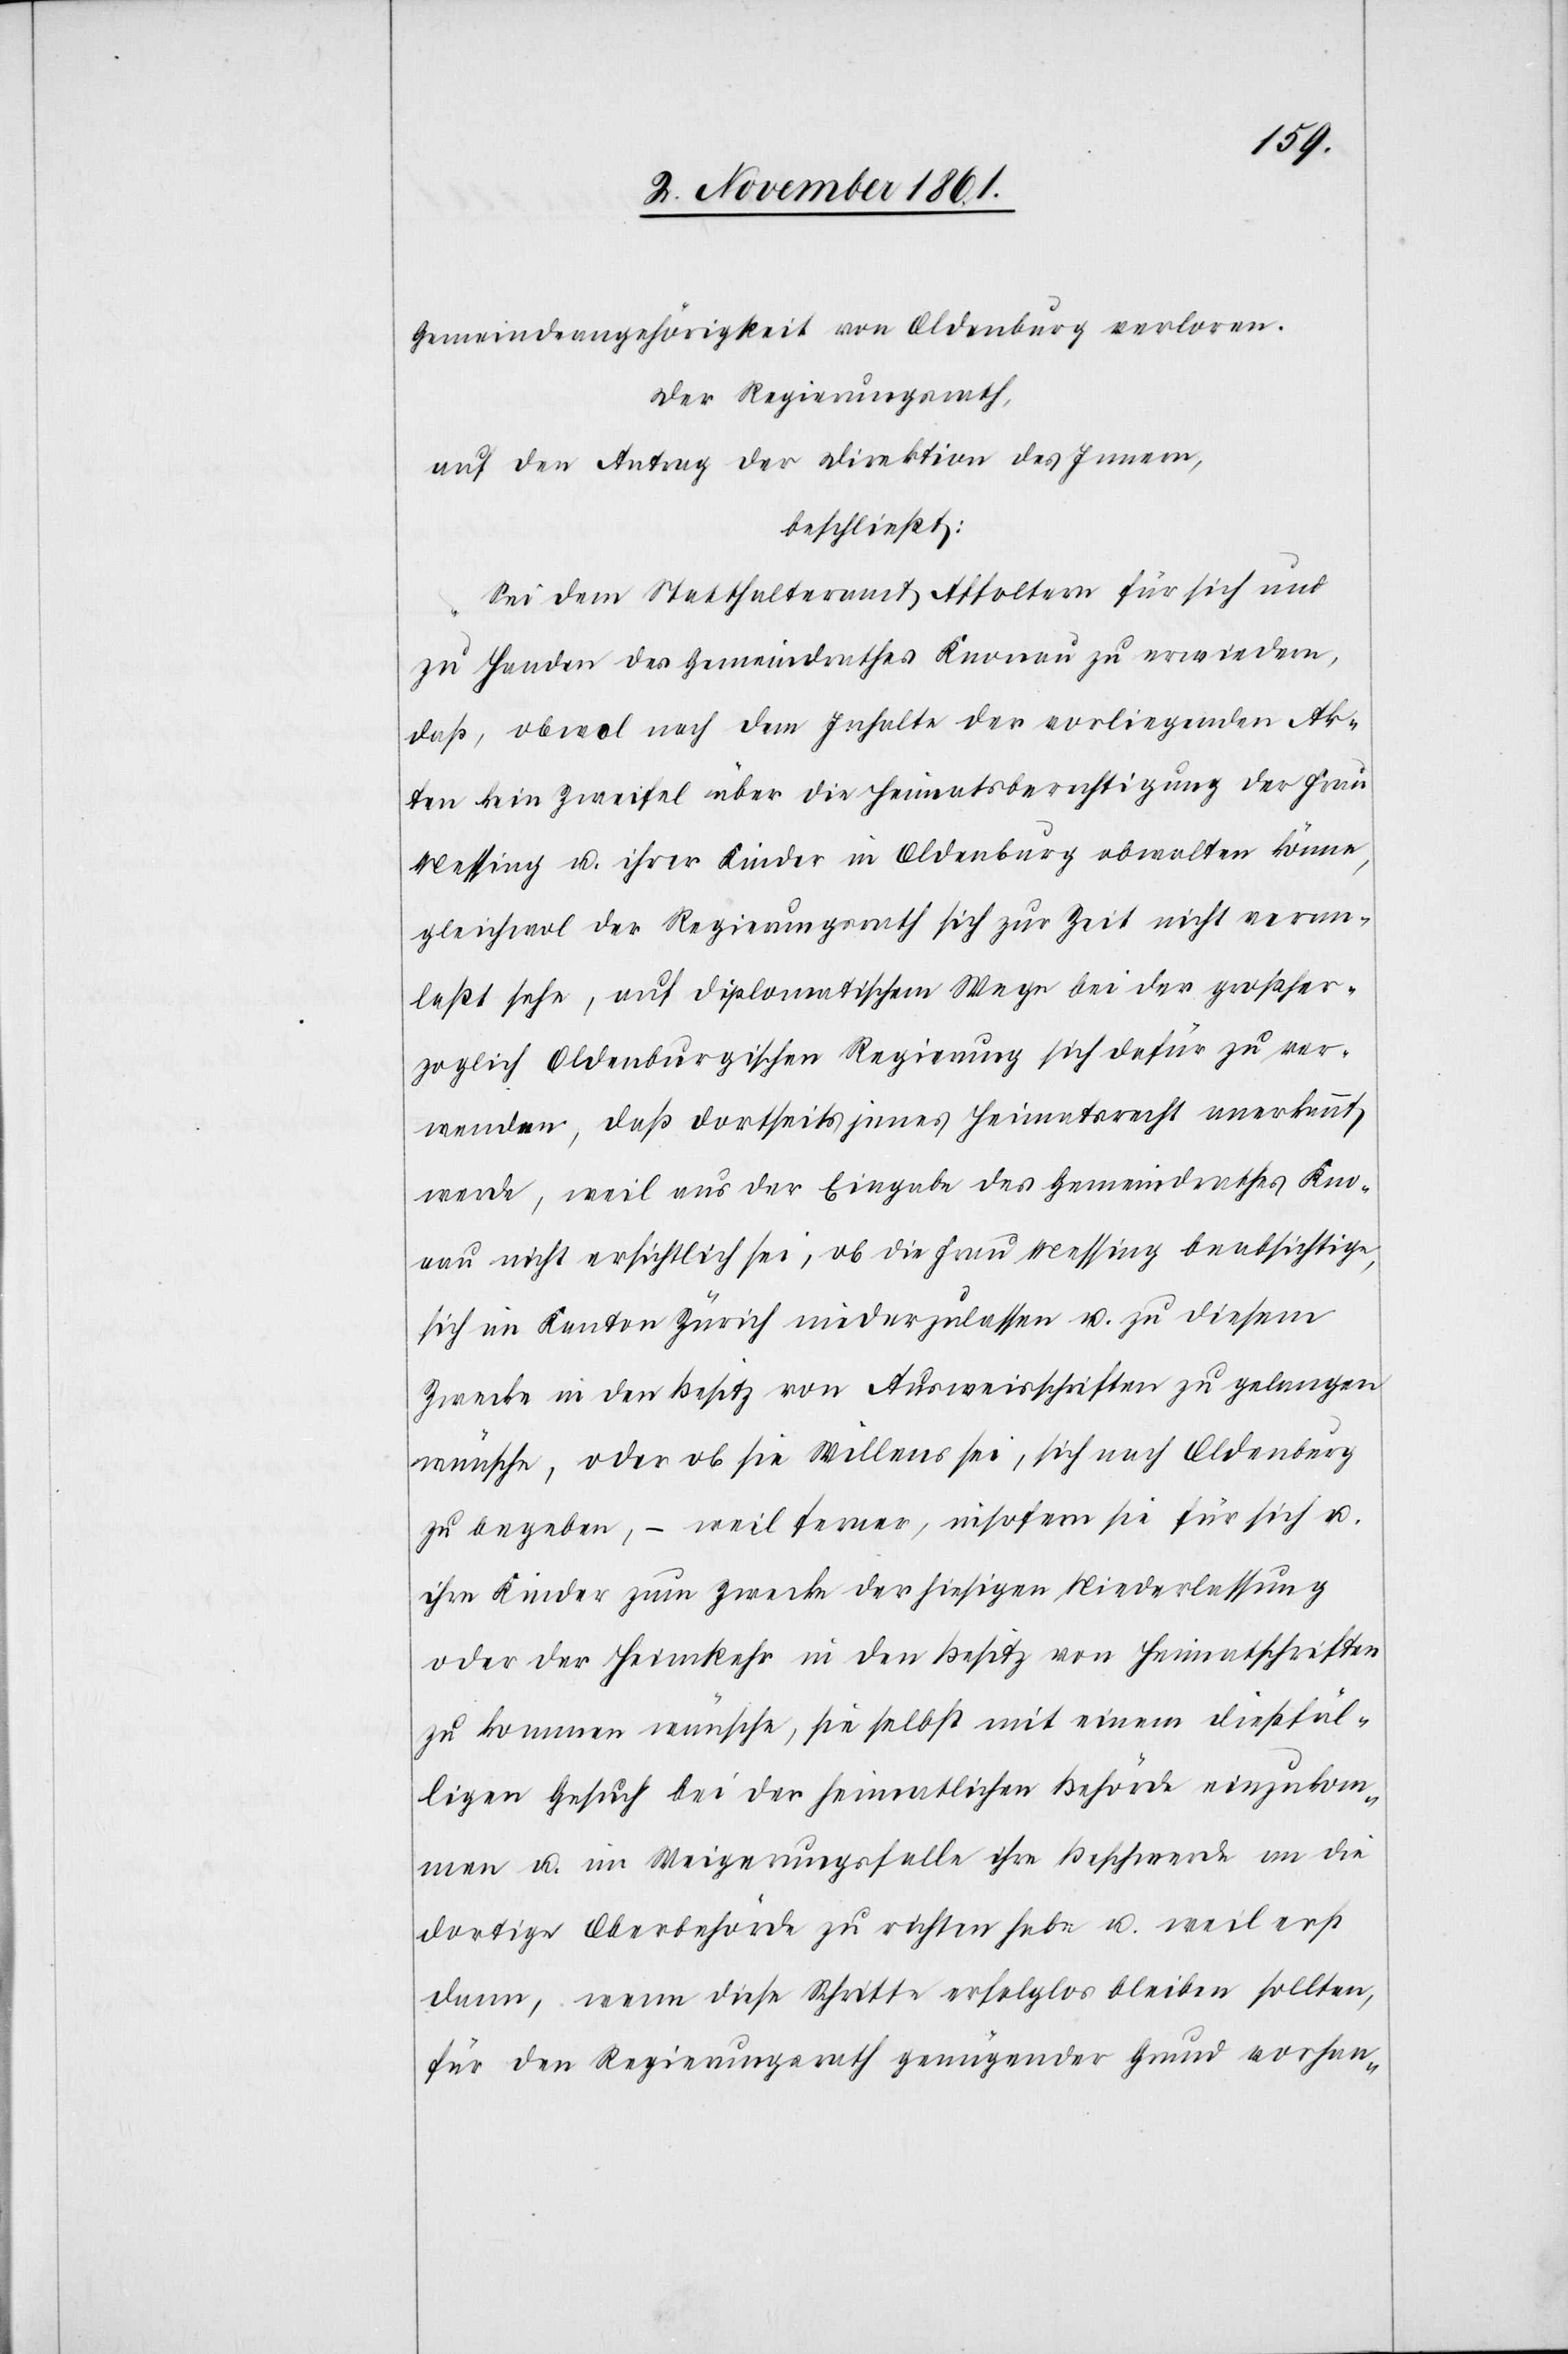
Gemeindeangehörigkeit von Oldenburg verloren.
Der Regierungsrath,
auf den Antrag der Direktion des Innern,
beschließt:
Sei dem Statthalteramte Affoltern für sich und
zu Handen des Gemeindrathes Knonau zu erwiedern,
daß, obwol nach dem Inhalte der vorliegenden Ak¬
ten die Zweifel über die Heimatsberechtigung der Frau
Messing u. ihrer Kinder in Oldenburg obwalten könne,
gleichwol der Regierungsrath sich zur Zeit nicht veran¬
laßt sehe, auf diplomatischem Wege bei der großher¬
zoglich Oldenburgischen Regierung sich dafür zu ver¬
wenden, daß dortseits jenes Heimatrecht anerkannt
werde, weil aus der Eingabe des Gemeindrathes Kno¬
nau nicht ersichtlich sei, ob die Frau Messing beabsichtige,
sich im Kanton Zürich niederzulassen u. zu diesem
Zwecke in den Besitz von Ausweisschriften zu gelangen
wünsche, oder ob sie Willens sei, sich nach Oldenburg
zu begeben, – weil ferner, insofern sie für sich u.
ihre Kinder zum Zwecke der hiesigen Niederlassung
oder der Heimkehr in den Besitz von Heimatschriften
zu kommen wünsche, sie selbst mit einem dießfäl¬
ligen Gesuch bei der heimatlichen Behörde einzukom¬
men u. im Weigerungsfalle ihre Beschwerde an die
dortige Oberbehörde zu richten habe u. weil erst
dann, wenn diese Schritte erfolglos bleiben sollten,
für den Regierungsrath genügender Grund vorhan-